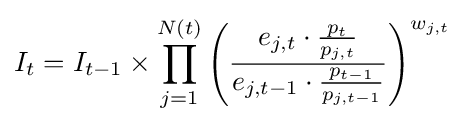
I_{t}=I_{t-1}\times \prod _{j=1}^{N(t)}\left({\frac {e_{j,t}\cdot {\frac {p_{t}}{p_{j,t}}}}{e_{j,t-1}\cdot {\frac {p_{t-1}}{p_{j,t-1}}}}}\right)^{w_{j,t}}